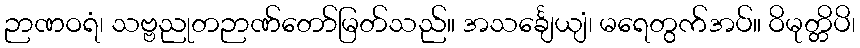
ဉာဏဝရံ၊ သဗ္ဗညုတဉာဏ်တော်မြတ်သည်။ အသင်္ချေယျံ၊ မရေတွက်အပ်။ ဝိမုတ္တိပိ၊